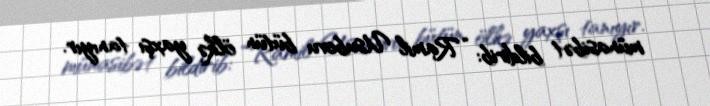
münasibət bildirib: “Ramil Usubovu bütün ölkə yaxşı tanıyır.